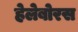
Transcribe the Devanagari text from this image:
हेलेबोरस